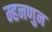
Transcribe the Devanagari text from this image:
म्हनणुन